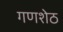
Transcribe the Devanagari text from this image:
गणशेठ